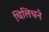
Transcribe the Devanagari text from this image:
चिलिचने